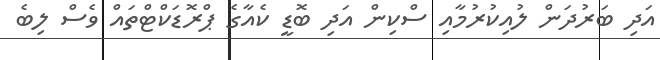
އަދި ބަރުދަން ލުއިކުރުމާއި ސްކިން އަދި ބޮޑީ ކެއާގެ ޕްރޮޑަކްޓްތައް ވެސް ލިބެ